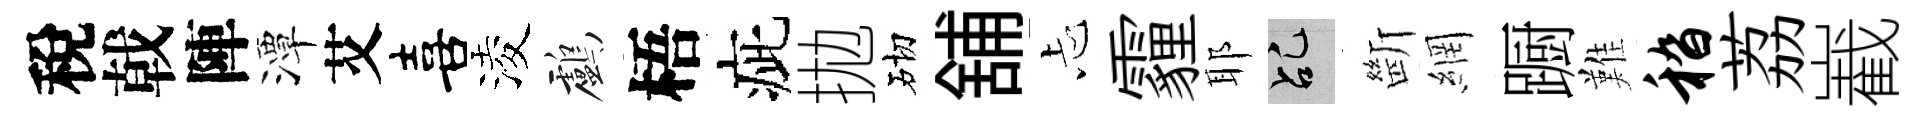
稅戟陣潭艾喜淩鸕梧疵拋砌舖忐霾耶乩㫁網蹰難嵇荔嶻